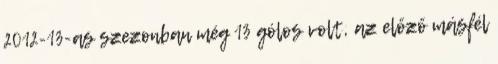
2012-13-as szezonban még 13 gólos volt, az előző másfél